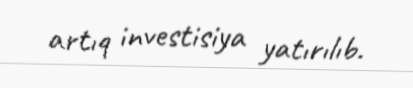
artıq investisiya yatırılıb.